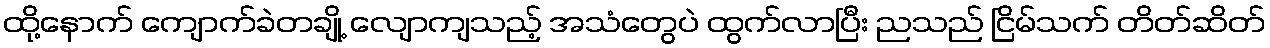
ထို့နောက် ကျောက်ခဲတချို့ လျောကျသည့် အသံတွေပဲ ထွက်လာပြီး ညသည် ငြိမ်သက် တိတ်ဆိတ်